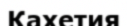
Кахетия